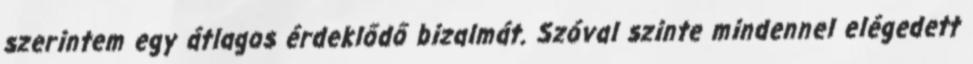
szerintem egy átlagos érdeklődő bizalmát. Szóval szinte mindennel elégedett